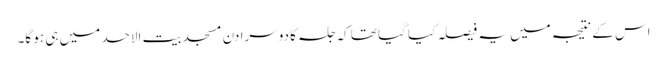
اس کے نتیجہ میں یہ فیصلہ کیا گیا تھا کہ جلسہ کا دوسرا دن مسجد بیت الاحد میں ہی ہو گا۔